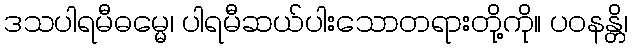
ဒသပါရမီဓမ္မေ၊ ပါရမီဆယ်ပါးသောတရားတို့ကို။ ပဝနန္တိ၊